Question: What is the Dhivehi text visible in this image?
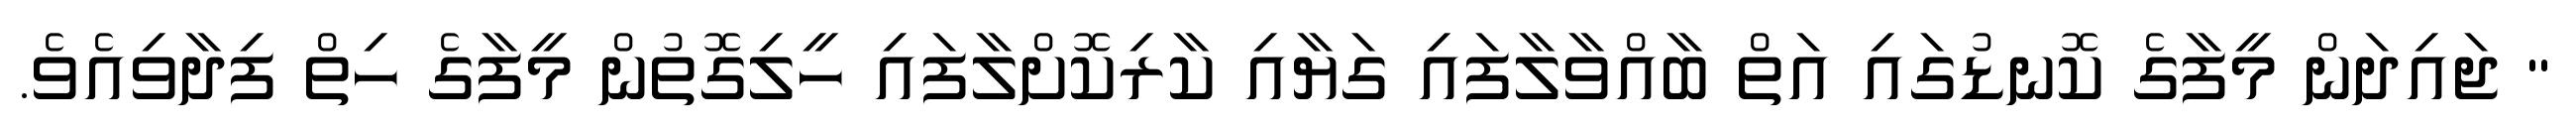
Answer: " ޖައިދަން މީފާގެ ކޮނޑުގައި އަތް ބާއްވާލާފައި ގަޔާއި ކާރިކޮށްލާފައި ހީލިގޮތުން މީފާގެ ހިތް ފިދާވިއެވެ.